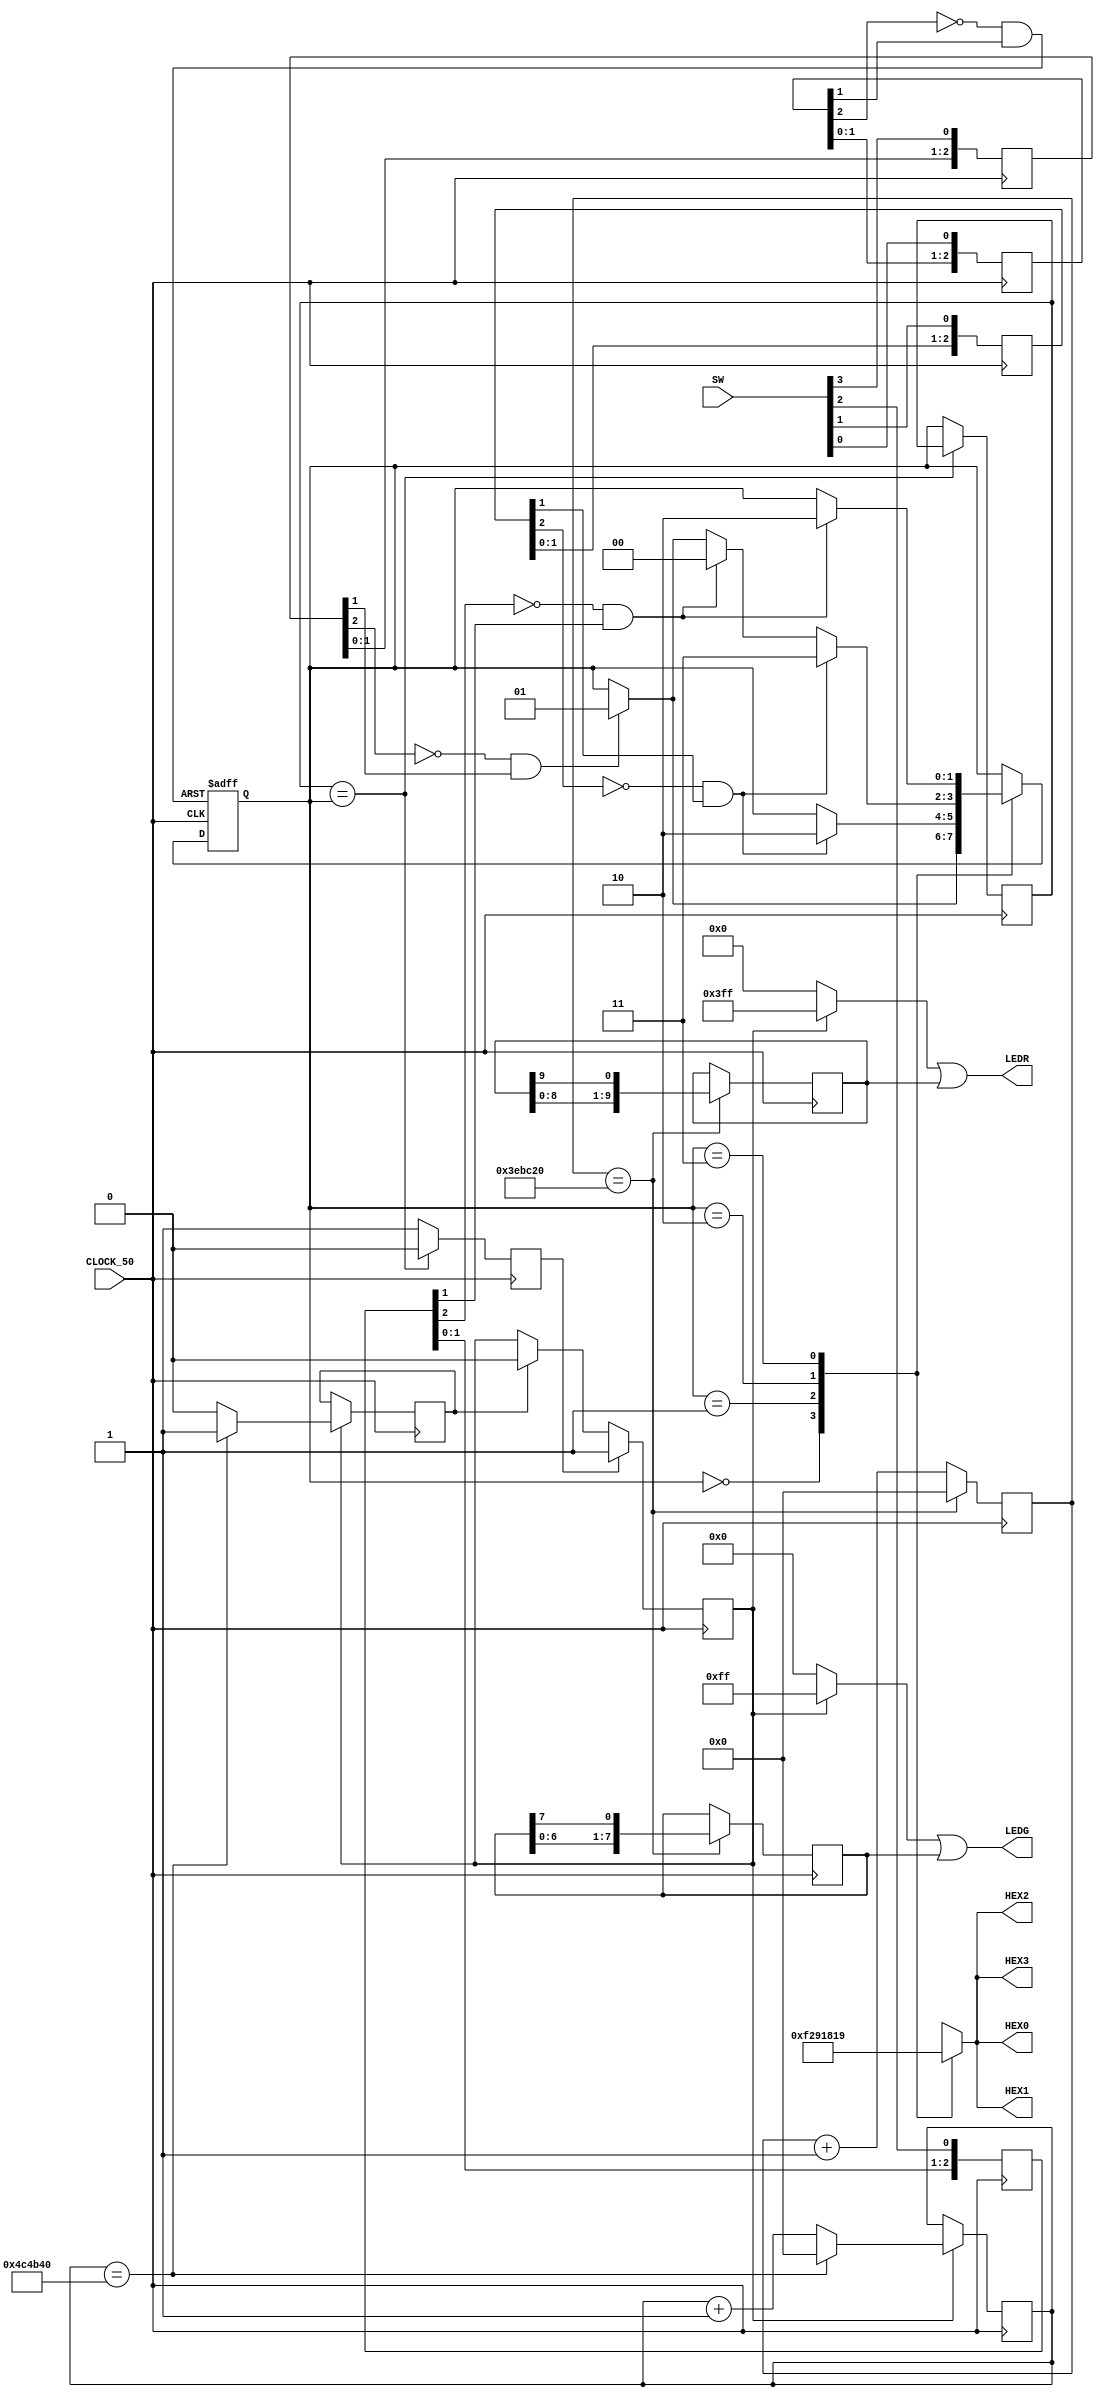
module lab4(
input CLOCK_50,
input [9:0] SW,
output reg [6:0] HEX0,HEX1,HEX2,HEX3,
output [9:0] LEDR,
output [7:0] LEDG
);

initial
begin

end
reg [1:0] state=2'b00;


//нажатие кнопок
wire reset,a,b,c;
reg [2:0] reset_sync,a_sync,b_sync,c_sync;

always @(posedge CLOCK_50) 
begin
	reset_sync[0] <= SW[0];
	reset_sync[1] <= reset_sync[0];
	reset_sync[2] <= reset_sync[1];
end
assign reset = (~reset_sync[2] & reset_sync[1]);

always @(posedge CLOCK_50) 
begin
	a_sync[0] <= SW[1];
	a_sync[1] <= a_sync[0];
	a_sync[2] <= a_sync[1];
end
assign a = (~a_sync[2] & a_sync[1]);

always @(posedge CLOCK_50) 
begin
	b_sync[0] <= SW[2];
	b_sync[1] <= b_sync[0];
	b_sync[2] <= b_sync[1];
end
assign b = (~b_sync[2] & b_sync[1]);

always @(posedge CLOCK_50) 
begin
	c_sync[0] <= SW[3];
	c_sync[1] <= c_sync[0];
	c_sync[2] <= c_sync[1];
end
assign c = (~c_sync[2] & c_sync[1]);
//нажатие кнопок

//конечный автомат
always @(posedge CLOCK_50 or posedge reset) 
begin
	if(reset) state<=2'b00;
	else 
	begin
		case(state)
			2'b00: //1
					begin
						if(c) begin state<=2'b01; end
					end
			2'b01: //2
					begin
						if(a) begin state<=2'b10; end
					end
			2'b10: //3
					begin
						if(a) begin state<=2'b11; end
						else if(b) begin state<=2'b00;  end
						else if(c) begin state<=2'b01;  end
					end
			2'b11: //4
					begin
						if(b) begin state<=2'b10; end
					end
		endcase
	end
end
//конечный автомат

//вывод состояния автомата
always @(*) 
begin
	case (state)
		2'h0: 
			begin
				HEX0 = 7'b1111001;//1
				HEX1 = 7'b1111001;//1
				HEX2 = 7'b1111001;//1
				HEX3 = 7'b1111001;//1
			end
		2'h1: 
			begin	
				HEX0 = 7'b0100100;//2
				HEX1 = 7'b0100100;//2
				HEX2 = 7'b0100100;//2
				HEX3 = 7'b0100100;//2
			end
		2'h2: 
			begin
				HEX0 = 7'b0110000;//3
				HEX1 = 7'b0110000;//3
				HEX2 = 7'b0110000;//3
				HEX3 = 7'b0110000;//3
			end	
		2'h3: 
			begin
				HEX0 = 7'b0011001;//4
				HEX1 = 7'b0011001;//4
				HEX2 = 7'b0011001;//4
				HEX3 = 7'b0011001;//4
			end
		default: HEX0 = 7'b1111111;
	endcase
end
//вывод состояния автомата



//СТРАДАЕМ ФИГНЁЙ

//мигалка на переключалку



//проверка на изменение состояния
reg state_change=0;
reg [1:0] state1=2'b00;

always @(posedge CLOCK_50)
begin
	if(state1==state) state_change<=0;
	else
		begin
			state_change<=1;
			state1<=state;
		end
end
//проверка на изменение состояния

//счётчик для мигалки
reg blinkout=0;
reg [22:0] blink_counter = 23'd0;
always @(posedge CLOCK_50)
begin
	if(blink)
		begin
			if(blink_counter==23'd5000000) 
				begin
					blinkout <= 1;
					blink_counter <= 23'd0;
				end
			else 
				begin
					blink_counter <= blink_counter + 1;
					blinkout <=0;
				end
		end
end
//счётчик для мигалки

//управление счётчиком
reg blink=0;
always @(posedge CLOCK_50)
begin
	if(state_change) blink<=1;
	else if (blinkout) blink<=0;
end
//управление счётчиком

//мигалка на переключалку

//крутилка фонариков
reg [22:0] change_counter=23'd0;
always @(posedge CLOCK_50)
begin
	if(change_counter==23'd12500000) change_counter<=0;
	else change_counter<=change_counter+1;
end

reg [9:0] RED=10'd5;
reg [7:0] GREEN=8'd4;

always @(posedge CLOCK_50)
begin
	if(change_counter==23'd12500000)
		begin
			RED   <= {RED[8:0], RED[9]};
			GREEN <= {GREEN[6:0], GREEN[7]};
		end
end
//крутилка фонариков

//вывод на фонарики
wire [9:0] red_blink;
wire [7:0] green_blink;

assign green_blink = blink ? (8'b11111111) : (8'b00000000);
assign red_blink = blink ? (10'b1111111111) : (10'b0000000000);


assign LEDR = red_blink|RED;
assign LEDG = green_blink|GREEN;
//вывод на фонарики

//СТРАДАЕМ ФИГНЁЙ

endmodule